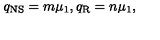
q _ { \mathrm { N S } } = m \mu _ { 1 } , q _ { \mathrm { R } } = n \mu _ { 1 } ,